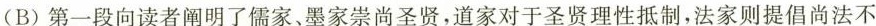
(B)第一段向读者阐明了儒家、墨家崇尚圣贤，道家对于圣贤理性抵制，法家则提倡尚法不